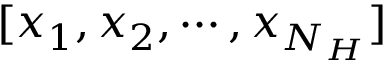
[ x _ { 1 } , x _ { 2 } , \cdots , x _ { N _ { H } } ]